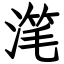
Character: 滗